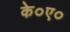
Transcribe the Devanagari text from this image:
के०ए०